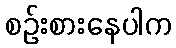
စဉ်းစားနေပါက